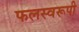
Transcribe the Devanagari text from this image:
फलस्वरूपी